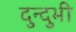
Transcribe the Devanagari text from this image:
दुन्दुभी